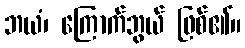
ဘယံ၊ ကြောက်ဘွယ် ဖြစ်၏။